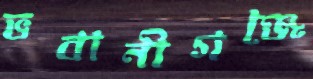
ভবানীগঞ্জে